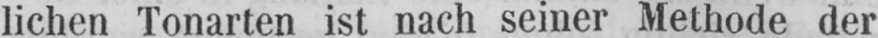
lichen Tonarten ist nach seiner Methode der